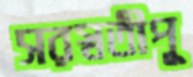
সরস্বতীপূ